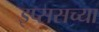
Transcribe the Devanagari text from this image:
इप्ससच्या